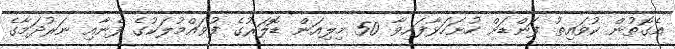
އެގޮތުން ކުވައިތު ފަންޑަށް ހުށަހަޅާފައިވާ 50 މިލިއަން ޑޮލަރުގެ ފުވައްމުލަކުގެ ފެނާއި ނަރުދަމާގެ